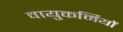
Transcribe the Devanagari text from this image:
वायुकर्मियों